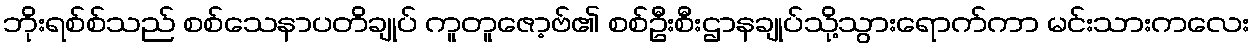
ဘိုးရစ်စ်သည် စစ်သေနာပတိချုပ် ကူတူဇော့ဗ်၏ စစ်ဦးစီးဌာနချုပ်သို့သွားရောက်ကာ မင်းသားကလေး